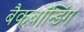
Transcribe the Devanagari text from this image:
बैकबॉंन्डिंग